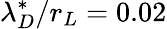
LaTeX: \lambda_{D}^{*}/r_{L}=0.02